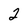
Character: 2